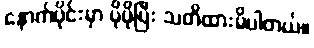
နောက်ပိုင်းမှာ ပိုပိုပြီး သတိထားမိပါတယ်။